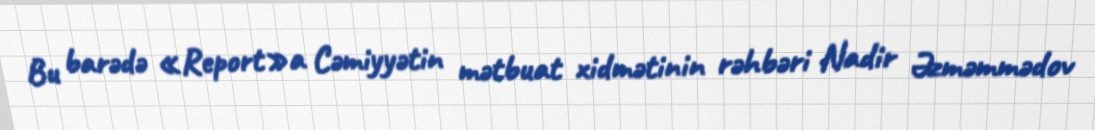
Bu barədə «Report»a Cəmiyyətin mətbuat xidmətinin rəhbəri Nadir Əzməmmədov